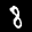
Label: 8